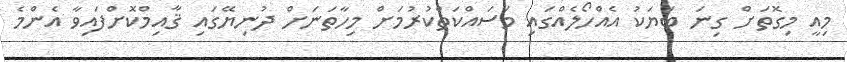
މިއީ މިގޮތަށް ގިނަ ބަޔަކު އެއްހޯލެއްގައި މަސައްކަތްކުރުމަށް މިހާތަނަށް ދުނިޔޭގައި ޤާއިމްކޮށްފައިވާ އެންމެ